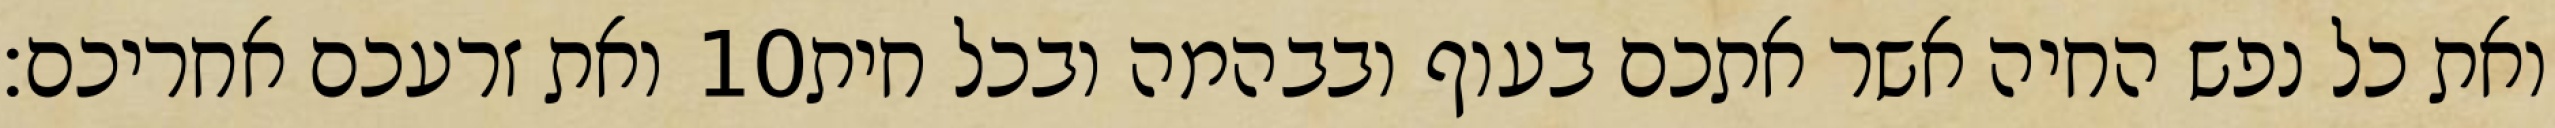
ואת זרעכם אחריכם׃ ‎10‏ ואת כל נפש החיה אשר אתכם בעוף ובבהמה ובכל חית